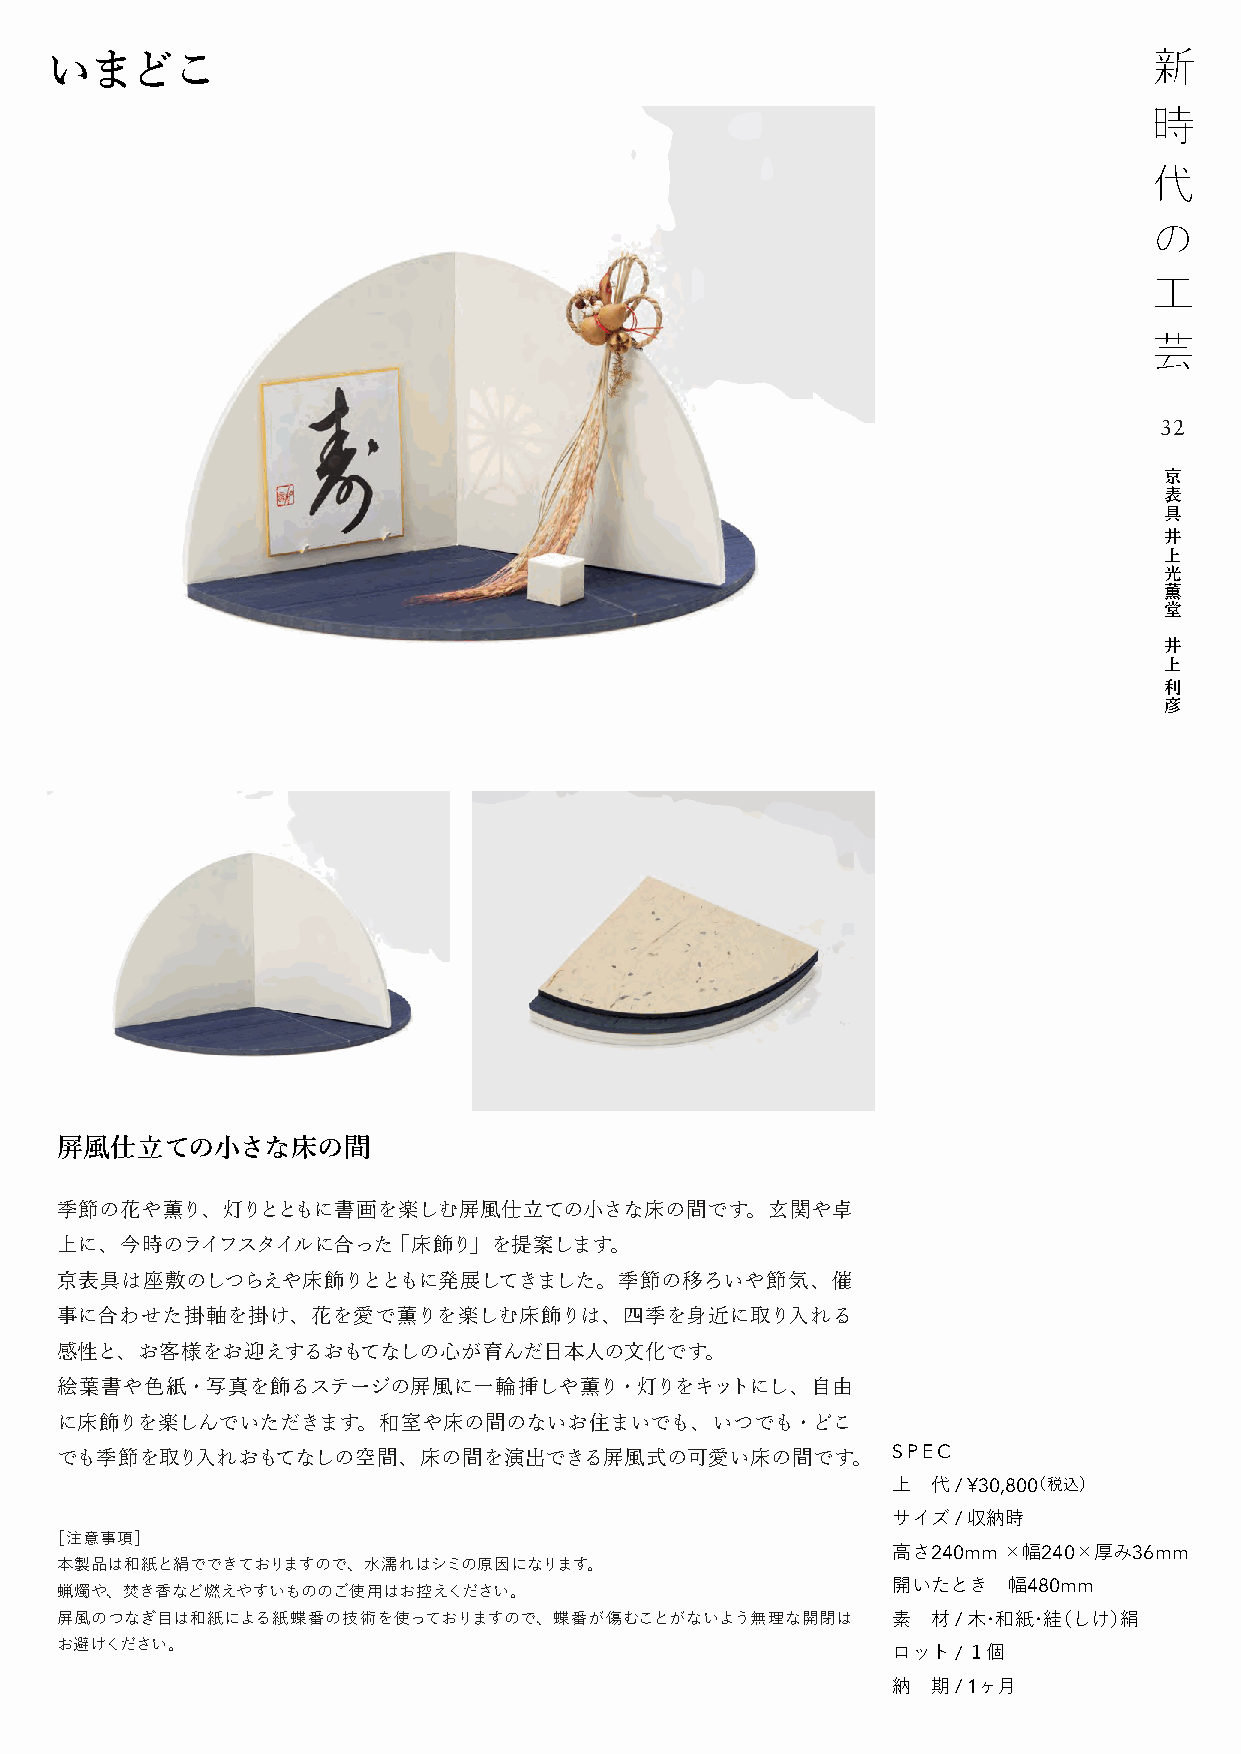
いまどこ
 32
 京
 表
 具
 井
 上
 光
 薫
 堂
 井
 上
 利
 彦
 屏風仕立ての小さな床の間
 季節の花や薫り、灯りとともに書画を楽しむ屏風仕立ての小さな床の間です。玄関や卓
 上に、今時のライフスタイルに合った「床飾り」を提案します。
 京表具は座敷のしつらえや床飾りとともに発展してきました。季節の移ろいや節気、催
 事に合わせた掛軸を掛け、花を愛で薫りを楽しむ床飾りは、四季を身近に取り入れる
 感性と、お客様をお迎えするおもてなしの心が育んだ日本人の文化です。
 絵葉書や色紙・写真を飾るステージの屏風に一輪挿しや薫り・灯りをキットにし、自由
 に床飾りを楽しんでいただきます。和室や床の間のないお住まいでも、いつでも・どこ
 でも季節を取り入れおもてなしの空間、床の間を演出できる屏風式の可愛い床の間です。               SPEC
 上  代 / ¥30,800（税込）
 サイズ / 収納時
 ［注意事項］
 高さ240mm ×幅240×厚み36mm
 本製品は和紙と絹でできておりますので、水濡れはシミの原因になります。
 蝋燭や、焚き香など燃えやすいもののご使用はお控えください。
 開いたとき   幅480mm
 屏風のつなぎ目は和紙による紙蝶番の技術を使っておりますので、蝶番が傷むことがないよう無理な開閉は       素  材 / 木・和紙・絓（しけ）絹
 お避けください。
 ロット / １個
 納  期 / 1ヶ月